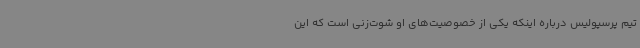
تیم پرسپولیس درباره اینکه یکی از خصوصیت‌های او شوت‌زنی است که این